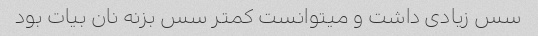
سس زیادی داشت و میتوانست کمتر سس بزنه نان بیات بود